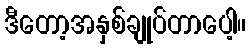
ဒီတော့အနှစ်ချုပ်တာပေါ့။